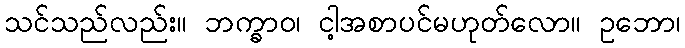
သင်သည်လည်း။ ဘက္ခာဝ၊ ငါ့အစာပင်မဟုတ်လော။ ဥဘော၊